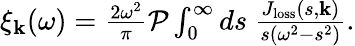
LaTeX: \begin{array}{r}{\xi_{\mathbf{k}}(\omega)=\frac{2\omega^{2}}{\pi}\mathcal{P}\int_{0}^{\infty}ds\ \frac{J_{\mathrm{loss}}(s,\mathbf{k})}{s(\omega^{2}-s^{2})}.}\end{array}